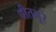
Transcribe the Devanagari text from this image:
पीतभूरे